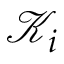
\mathcal { K } _ { i }